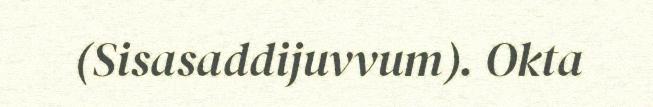
(Sisasaddijuvvum). Okta